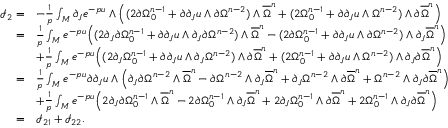
\begin{array} { r l } { \mathcal { I } _ { 2 } = } & { - \frac { 1 } { p } \int _ { M } { \partial _ { J } e ^ { - p u } \wedge \Big ( ( 2 \partial \Omega _ { 0 } ^ { n - 1 } + \partial \partial _ { J } u \wedge \partial \Omega ^ { n - 2 } ) \wedge { \overline { \Omega } } ^ { n } + ( 2 \Omega _ { 0 } ^ { n - 1 } + \partial \partial _ { J } u \wedge \Omega ^ { n - 2 } ) \wedge \partial { \overline { \Omega } } ^ { n } \Big ) } } \\ { = } & { \frac { 1 } { p } \int _ { M } { e ^ { - p u } \Big ( ( 2 \partial _ { J } \partial \Omega _ { 0 } ^ { n - 1 } + \partial \partial _ { J } u \wedge \partial _ { J } \partial \Omega ^ { n - 2 } ) \wedge { \overline { \Omega } } ^ { n } - ( 2 \partial \Omega _ { 0 } ^ { n - 1 } + \partial \partial _ { J } u \wedge \partial \Omega ^ { n - 2 } ) \wedge \partial _ { J } { \overline { \Omega } } ^ { n } \Big ) } } \\ & { + \frac { 1 } { p } \int _ { M } { e ^ { - p u } \Big ( ( 2 \partial _ { J } \Omega _ { 0 } ^ { n - 1 } + \partial \partial _ { J } u \wedge \partial _ { J } \Omega ^ { n - 2 } ) \wedge \partial { \overline { \Omega } } ^ { n } + ( 2 \Omega _ { 0 } ^ { n - 1 } + \partial \partial _ { J } u \wedge \Omega ^ { n - 2 } ) \wedge { \partial _ { J } \partial \overline { \Omega } } ^ { n } \Big ) } } \\ { = } & { \frac { 1 } { p } \int _ { M } { e ^ { - p u } \partial \partial _ { J } u \wedge \Big ( \partial _ { J } \partial \Omega ^ { n - 2 } \wedge { \overline { \Omega } } ^ { n } - \partial \Omega ^ { n - 2 } \wedge \partial _ { J } { \overline { \Omega } } ^ { n } + \partial _ { J } \Omega ^ { n - 2 } \wedge \partial { \overline { \Omega } } ^ { n } + \Omega ^ { n - 2 } \wedge \partial _ { J } \partial { \overline { \Omega } } ^ { n } \Big ) } } \\ & { + \frac { 1 } { p } \int _ { M } { e ^ { - p u } \Big ( 2 \partial _ { J } \partial \Omega _ { 0 } ^ { n - 1 } \wedge { \overline { \Omega } } ^ { n } - 2 \partial \Omega _ { 0 } ^ { n - 1 } \wedge \partial _ { J } { \overline { \Omega } } ^ { n } + 2 \partial _ { J } \Omega _ { 0 } ^ { n - 1 } \wedge \partial { \overline { \Omega } } ^ { n } + 2 \Omega _ { 0 } ^ { n - 1 } \wedge \partial _ { J } \partial { \overline { \Omega } } ^ { n } \Big ) } } \\ { = } & { \mathcal { I } _ { 2 1 } + \mathcal { I } _ { 2 2 } . } \end{array}